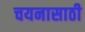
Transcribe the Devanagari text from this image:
चयनासाठी